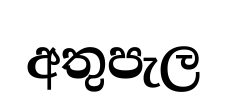
අතුපැල